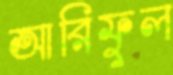
আরিফুল